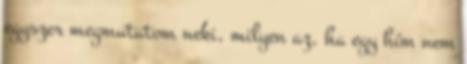
egyszer megmutatom neki, milyen az, ha egy hím nem